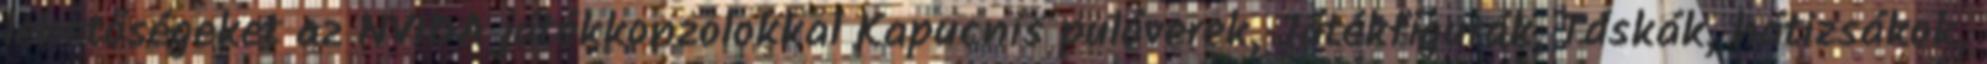
lehetőségeket az NVIDA játékkonzolokkal Kapucnis pulóverek, Játékfigurák, Táskák, hátizsákok,